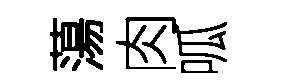
蕩肉呱